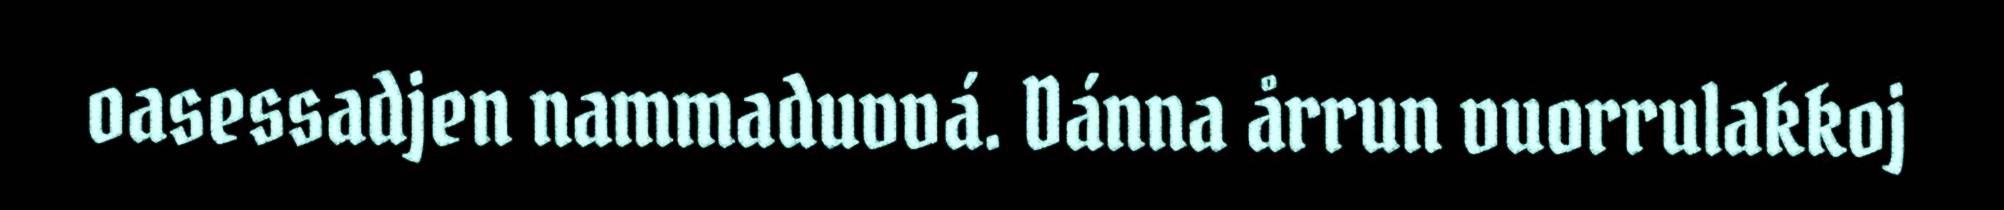
oasessadjen nammaduvvá. Dánna årrun vuorrulakkoj